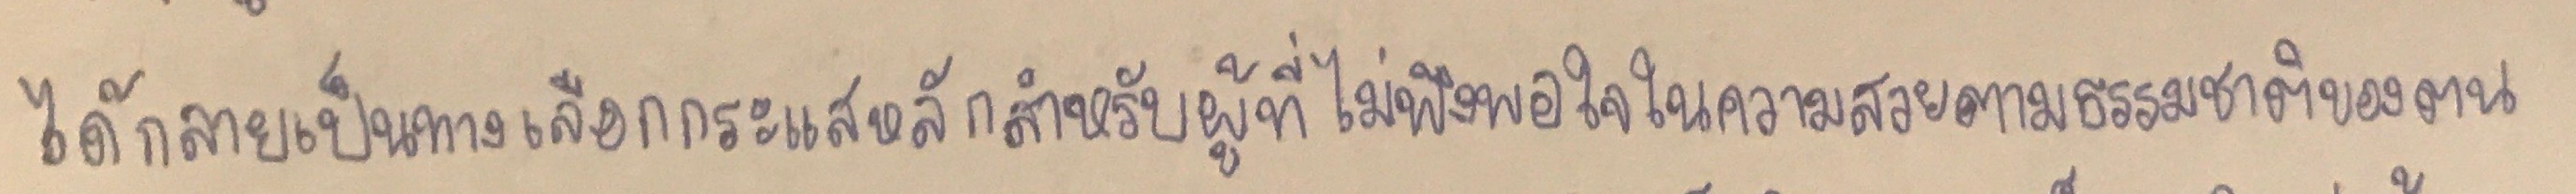
ได้กลายเป็นทางเลือกกระแสหลักสำหรับผู้ที่ไม่พึงพอใจในความสวยตามธรรมชาติของตน